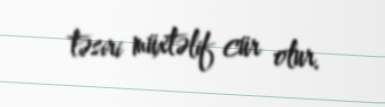
təsiri müxtəlif cür olur.